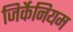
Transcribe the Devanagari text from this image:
जिर्केनियम